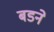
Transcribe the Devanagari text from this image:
बडने